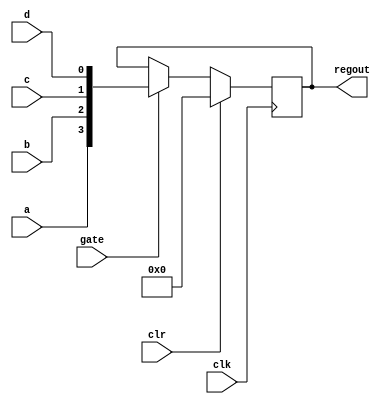
module freg (a, b, c, d, regout, clk, gate, clr);
input gate;
input clr;
input clk;
input a, b, c, d;
output [3:0] regout;
reg [3:0] regout;

/* when the four signals a, b, c, d are concatenated 
   together for the four bit output with a as the MSB. */

always @(posedge clk)
   if (clr) regout = #1 16'b0;
   else if (gate) regout = #1 {a, b, c, d};
endmodule